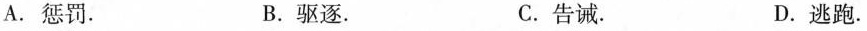
A.惩罚. B.驱逐. C.告诫. D.逃跑.